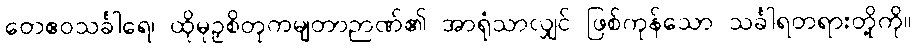
တေဧဝသင်္ခါရေ၊ ထိုမုဉှစိတုကမျတာဉာဏ်၏ အာရုံသာလျှင် ဖြစ်ကုန်သော သင်္ခါရတရားတို့ကို။